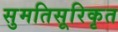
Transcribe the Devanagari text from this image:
सुमतिसूरिकृत